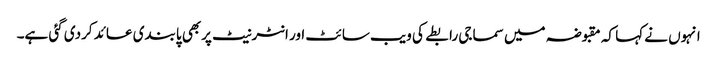
انہوں نے کہا کہ مقبوضہ میں سماجی رابطے کی ویب سائٹ اور انٹرنیٹ پربھی پابندی عائد کردی گئی ہے۔